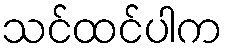
သင်ထင်ပါက